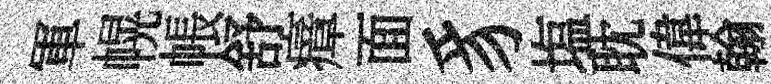
軍幌帳舒瘴面豸塩耽偉翰